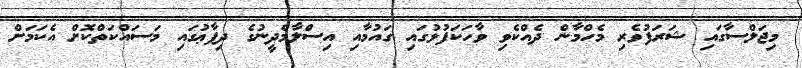
މިޖަލްސާގައި ޝަރަފުވެރި މެހްމާން ދެއްކެވި ވާހަކަފުޅުގައި ގައުމާއި އިސްލާމްދީނުގެ ދިފާޢުގައި މަސައްކަތްކޮށް އެކަމަށް